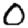
Digit: 0